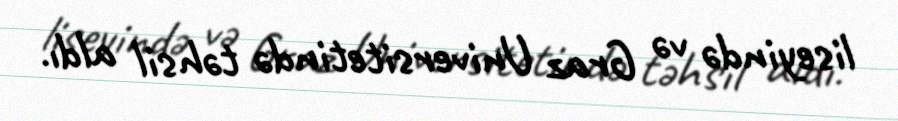
liseyində və Graz Universitetində təhsil aldı.